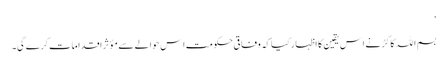
’
بسم اللہ کاکڑ نے اِس یقین کا اظہار کیا کہ وفاقی حکومت اِس حوالے سے مؤثر اقدامات کرے گی۔